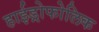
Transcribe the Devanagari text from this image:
हाईड्रोफोलिक